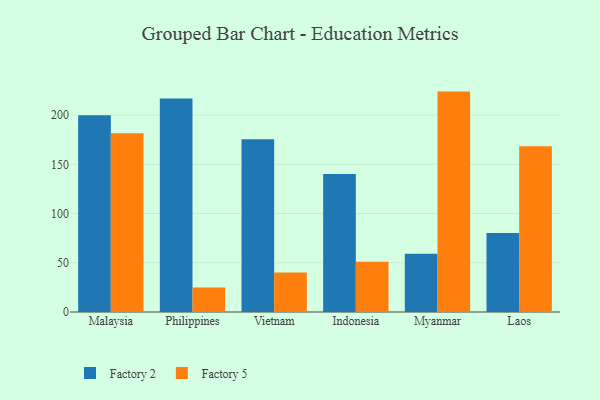
{"axis": {"x": "Country", "y": "Inventory Turnover"}, "legend": ["Factory 2", "Factory 5"], "data": [{"x": "Malaysia", "y": 199.9, "type": "Factory 2"}, {"x": "Malaysia", "y": 181.7, "type": "Factory 5"}, {"x": "Philippines", "y": 217.0, "type": "Factory 2"}, {"x": "Philippines", "y": 24.9, "type": "Factory 5"}, {"x": "Vietnam", "y": 175.4, "type": "Factory 2"}, {"x": "Vietnam", "y": 40.2, "type": "Factory 5"}, {"x": "Indonesia", "y": 140.3, "type": "Factory 2"}, {"x": "Indonesia", "y": 51.0, "type": "Factory 5"}, {"x": "Myanmar", "y": 59.1, "type": "Factory 2"}, {"x": "Myanmar", "y": 223.9, "type": "Factory 5"}, {"x": "Laos", "y": 80.2, "type": "Factory 2"}, {"x": "Laos", "y": 168.4, "type": "Factory 5"}]}